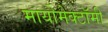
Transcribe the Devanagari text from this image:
मायोमेक्टॉमी